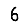
Digit: 6